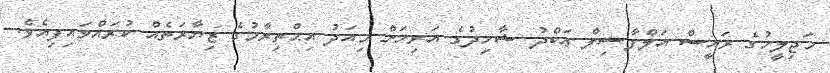
މަޖިލީހުގެ ރައީސް އަލްފާޟިލް ޢަބްދު ޝާހިދުގެ އަރިހަށް މިއަދު އިޙްތިރާމުގެ ޒިޔާރަތެއް ކުރައްވައިފިއެވެ.